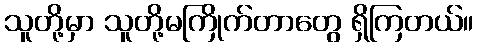
သူတို့မှာ သူတို့မကြိုက်တာတွေ ရှိကြတယ်။